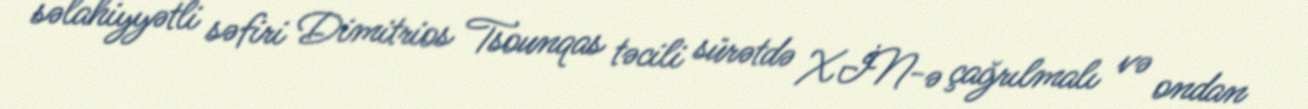
səlahiyyətli səfiri Dimitrios Tsounqas təcili sürətdə XİN-ə çağrılmalı və ondan